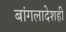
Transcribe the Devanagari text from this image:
बांगलादेशही